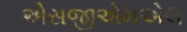
એસજીએમએલ